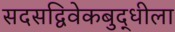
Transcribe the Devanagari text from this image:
सदसद्विवेकबुद्धीला